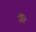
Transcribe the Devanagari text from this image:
जैरे